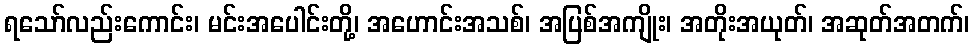
ရသော်လည်းကောင်း၊ မင်းအပေါင်းတို့၊ အဟောင်းအသစ်၊ အပြစ်အကျိုး၊ အတိုးအယုတ်၊ အဆုတ်အတက်၊